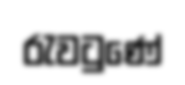
රැවටුණේ